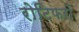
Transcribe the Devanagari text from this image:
रोटिफरों